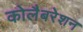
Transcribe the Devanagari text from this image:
कोलैबरेशन